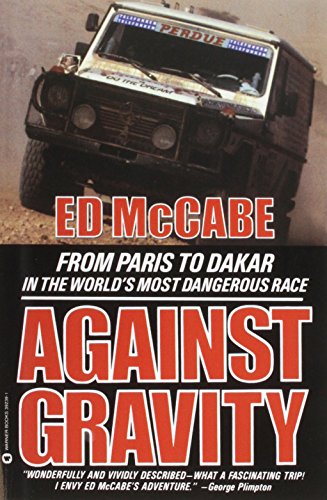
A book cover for Against Gravity; Edward McCabe; Sports & Outdoors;